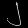
Digit: ၂